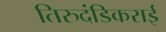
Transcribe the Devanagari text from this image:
तिरुदंडिकराई